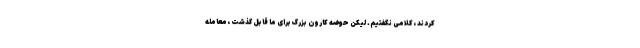
کردند ،کلامی نگفتیم. لیکن حوضه کارون بزرگ برای ما قابل گذشت ،معامله